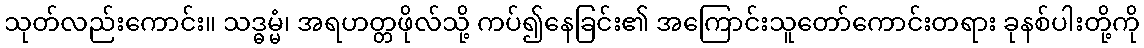
သုတ်လည်းကောင်း။ သဒ္ဓမ္မံ၊ အရဟတ္တဖိုလ်သို့ ကပ်၍နေခြင်း၏ အကြောင်းသူတော်ကောင်းတရား ခုနစ်ပါးတို့ကို